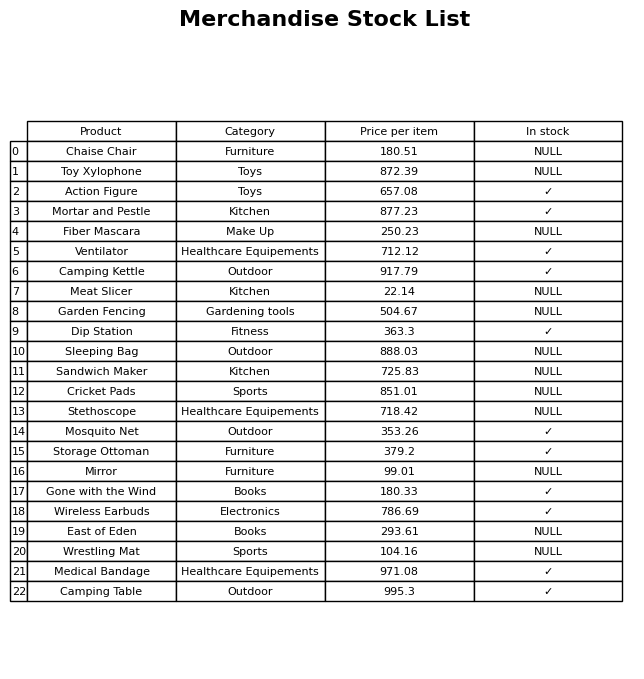
question: Which products are available in stock?
answer: Action Figure, Mortar and Pestle, Ventilator, Camping Kettle, Dip Station, Mosquito Net, Storage Ottoman, Gone with the Wind, Wireless Earbuds, Medical Bandage, Camping Table